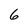
Character: 6